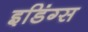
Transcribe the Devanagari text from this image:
इडिंग्स